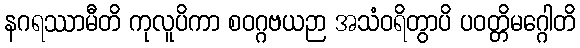
နဂရဿာမီတိ ကုလူပိကာ စဝဂ္ဂဗယဉာ အသံဝရိတွာပိ ပဝတ္တိမဂ္ဂေါတိ